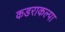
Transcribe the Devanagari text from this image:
कडराकल्पा